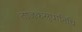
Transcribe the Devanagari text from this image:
ताजकसुधानिधि